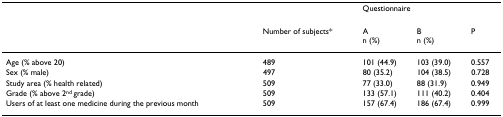
|  |  | <COLSPAN=2> Questionnaire |  |
 |  | Number of subjects* | An (%) | Bn (%) | P |
 | --- | --- | --- | --- | --- |
 | Age (% above 20) | 489 | 101 (44.9) | 103 (39.0) | 0.557 |
 | Sex (% male) | 497 | 80 (35.2) | 104 (38.5) | 0.728 |
 | Study area (% health related) | 509 | 77 (33.0) | 88 (31.9) | 0.949 |
 | Grade (% above 2nd grade) | 509 | 133 (57.1) | 111 (40.2) | 0.404 |
 | Users of at least one medicine during the previous month | 509 | 157 (67.4) | 186 (67.4) | 0.999 |